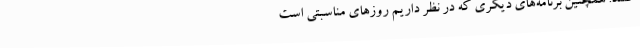
‌کنند. همچنین برنامه‌های دیگری که در نظر داریم روزهای مناسبتی است